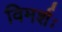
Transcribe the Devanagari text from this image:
विमर्शः